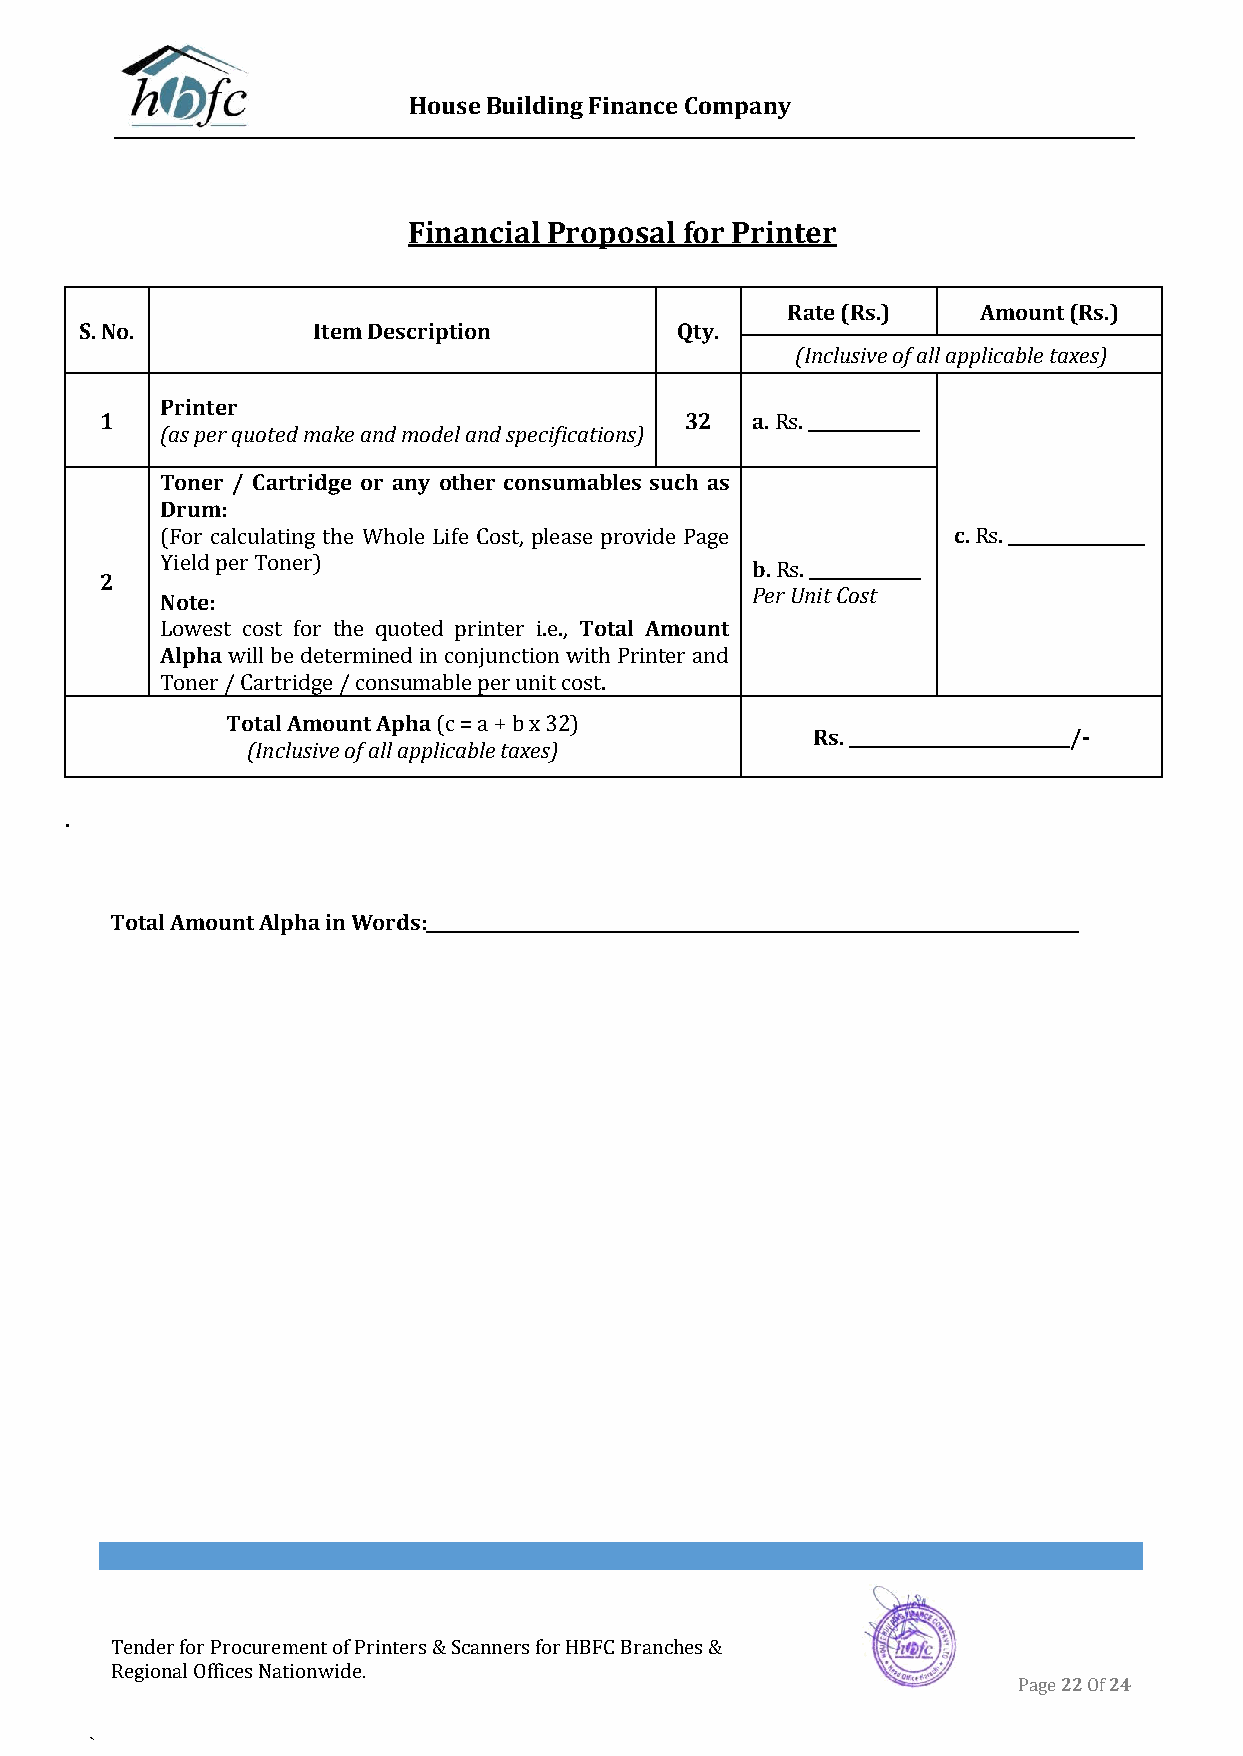
House Building Finance Company
 Financial Proposal for Printer
 Rate (Rs.)   Amount (Rs.)
 S. No.          Item Description        Qty.
 (Inclusive of all applicable taxes)
 Printer
 1                                     32   a. Rs. _____________
 (as per quoted make and model and specifications)
 Toner / Cartridge or any other consumables such as
 Drum:
 (For calculating the Whole Life Cost, please provide Page c. Rs. ________________
 Yield per Toner)                       b. Rs. _____________
 2
 Note:                                  Per Unit Cost
 Lowest cost for the quoted printer i.e., Total Amount
 Alpha will be determined in conjunction with Printer and
 Toner / Cartridge / consumable per unit cost.
 Total Amount Apha (c = a + b x 32)
 Rs. __________________________/-
 (Inclusive of all applicable taxes)
 .
 Total Amount Alpha in Words: _____________________________________________________________________________
 Tender for Procurement of Printers & Scanners for HBFC Branches &
 Regional Offices Nationwide.
 Page 22 Of 24
 `